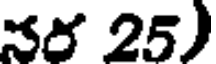
నర 25)